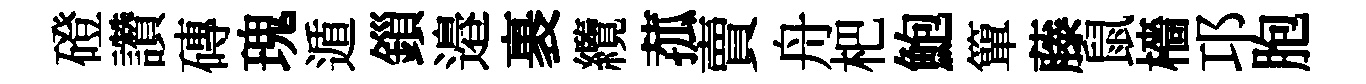
磴讚磚瑰遁鎻邉裹纜菰賣舟杷鮑簞藤鼠檣邛胞